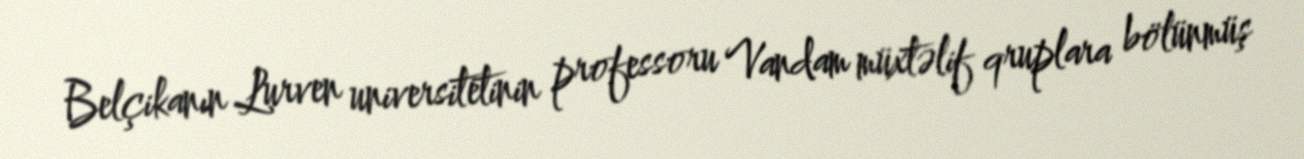
Belçikanın Lurven universitetinin professoru Vandam müxtəlif qruplara bölünmüş